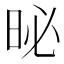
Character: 𪰗